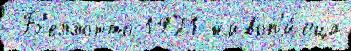
 Б'еллотто 1971 живоп'и́сца